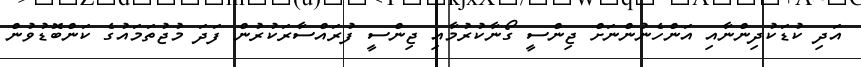
އަދި ކުޑަކުދިންނާއި އަންހެނުންނަށް ޖިންސީ ގޯނާކުރުމާއި ޖިންސީ ފުރައްސާރަކުރުން ފަދަ މުޖުތަމައުގެ ކަންބޮޑުވުން